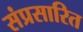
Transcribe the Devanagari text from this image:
संप्रसारित